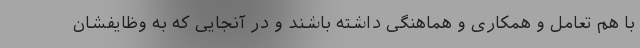
با هم تعامل و همکاری و هماهنگی داشته باشند و در آنجایی که به وظایفشان